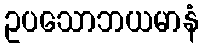
ဥပသောဘယမာနံ